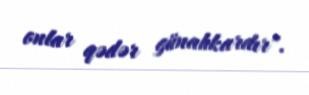
onlar qədər günahkardır".